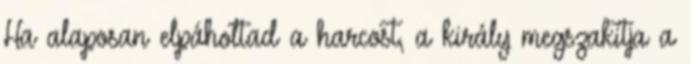
Ha alaposan elpáholtad a harcost, a király megszakítja a